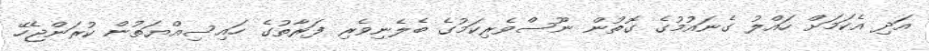
އަދި އެކަމަށް ހައްލު ގެނައުމުގެ ގޮތުން ނޫސްވެރިކަމުގެ ބެލެނިވެރި ފަރާތުގެ ހައިސިއްޔަތުން ކުރަންޖެހޭ